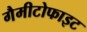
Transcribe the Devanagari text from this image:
गैमीटोफाइट